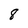
Character: 8